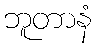
ဘူတာနံ